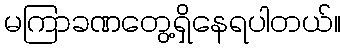
မကြာခဏတွေ့ရှိနေရပါတယ်။